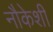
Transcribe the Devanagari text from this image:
नौकेशी